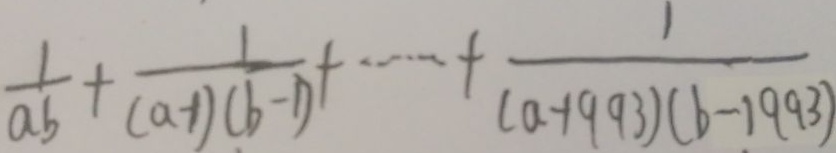
\frac { 1 } { a b } + \frac { 1 } { ( a - 1 ) ( b - 1 ) } + \cdots + \frac { 1 } { ( a - 1 9 9 3 ) ( b - 1 9 9 3 ) }